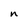
Character: n